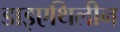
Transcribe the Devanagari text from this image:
डाइएथिलीन